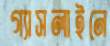
গ্যাসলাইনে